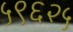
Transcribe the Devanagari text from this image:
५९६२५